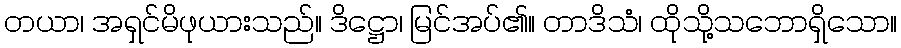
တယာ၊ အရှင်မိဖုယားသည်။ ဒိဋ္ဌော၊ မြင်အပ်၏။ တာဒိသံ၊ ထိုသို့သဘောရှိသော။